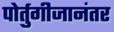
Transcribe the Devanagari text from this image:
पोर्तुगीजानंतर